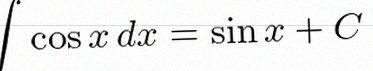
\int \cos x\,dx=\sin x+C